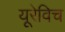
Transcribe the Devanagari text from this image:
यूरेविच